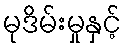
မုဒိမ်းမှုနှင့်